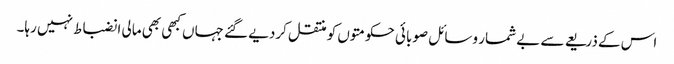
اس کے ذریعے سے بے شمار وسائل صوبائی حکومتوں کو منتقل کردیے گئے جہاں کبھی بھی مالی انضباط نہیں رہا۔